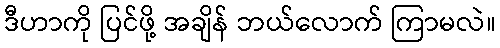
ဒီဟာကို ပြင်ဖို့ အချိန် ဘယ်လောက် ကြာမလဲ။